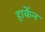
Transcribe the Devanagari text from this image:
हार्केन